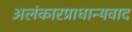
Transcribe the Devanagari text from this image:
अलंकारप्राधान्यवाद